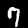
Digit: 7